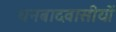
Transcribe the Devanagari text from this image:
धनबादवासीयों